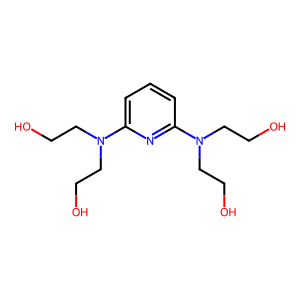
SMILES: OCCN(CCO)c1cccc(N(CCO)CCO)n1
Inhibits HIV replication: No